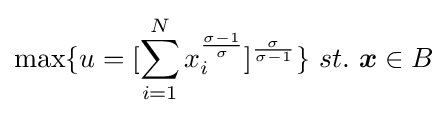
\max\{u=[\sum _{i=1}^{N}x_{i}^{\frac {\sigma -1}{\sigma }}]^{\frac {\sigma }{\sigma -1}}\}\ st.\ {\boldsymbol {x}}\in B